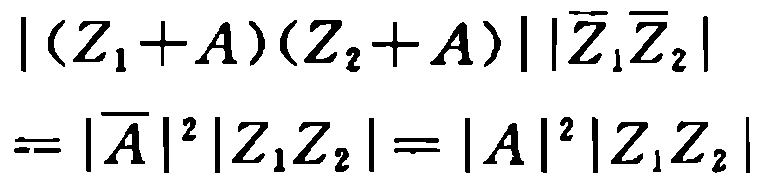
\[\begin{align*}
|(Z_1 + A)(Z_2 + A)||\overline{Z}_1\overline{Z}_2|\\
=|\overline{A}|^2|Z_1Z_2| = |A|^2|Z_1Z_2|
\end{align*}\]